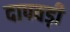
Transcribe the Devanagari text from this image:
दापवड़ी